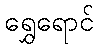
ရွှေရောင်